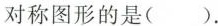
对称图形的是( ).